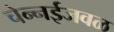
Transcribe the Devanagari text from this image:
चेन्‍नईजवळ